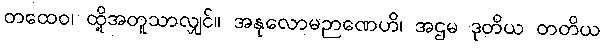
တထေဝ၊ ထို့အတူသာလျှင်။ အနုလောမဉာဏေဟိ၊ အဌမ ဒုတိယ တတိယ